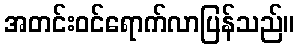
အတင်းဝင်ရောက်လာပြန်သည်။